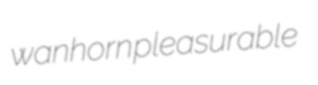
wanhorn pleasurable